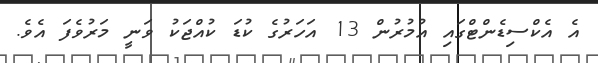
އެ އެކްސިޑެންޓްގައި އުމުރުން 13 އަހަރުގެ ކުޑަ ކުއްޖަކު ވަނީ މަރުވެފަ އެވެ.